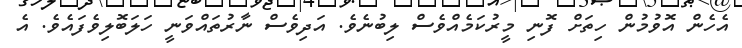
އެހެން އޮވުމުން ހިތަށް ފޮނި މީރުކަމެއްވެސް ލިބުނެވެ. އަދިވެސް ނާރުތައްވަނީ ހަލަބޮލިވެފައެވެ. އެ